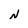
Character: N